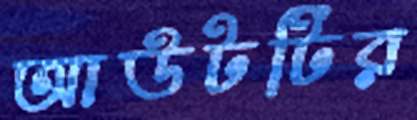
আউটটির